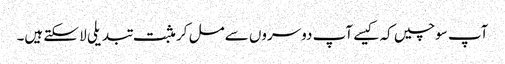
آپ سوچیں کہ کیسے آپ دوسروں سے مل کر مثبت تبدیلی لا سکتے ہیں۔